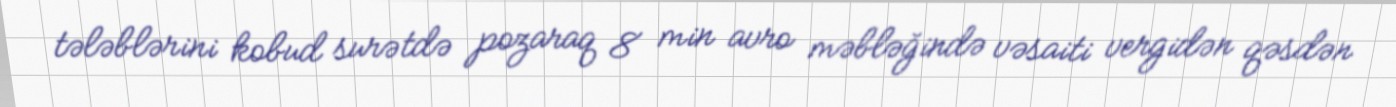
tələblərini kobud surətdə pozaraq 8 min avro məbləğində vəsaiti vergidən qəsdən